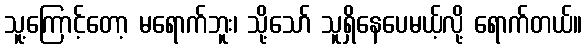
သူ့ကြောင့်တော့ မရောက်ဘူး၊ သို့သော် သူရှိနေပေမယ့်လို့ ရောက်တယ်။